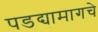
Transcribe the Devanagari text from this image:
पडद्यामागचे